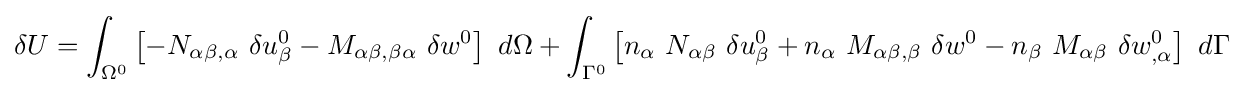
\delta U=\int _{\Omega ^{0}}\left[-N_{\alpha \beta ,\alpha }~\delta u_{\beta }^{0}-M_{\alpha \beta ,\beta \alpha }~\delta w^{0}\right]~d\Omega +\int _{\Gamma ^{0}}\left[n_{\alpha }~N_{\alpha \beta }~\delta u_{\beta }^{0}+n_{\alpha }~M_{\alpha \beta ,\beta }~\delta w^{0}-n_{\beta }~M_{\alpha \beta }~\delta w_{,\alpha }^{0}\right]~d\Gamma